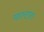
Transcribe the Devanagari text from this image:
याल्टात